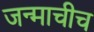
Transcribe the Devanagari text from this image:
जन्माचीच